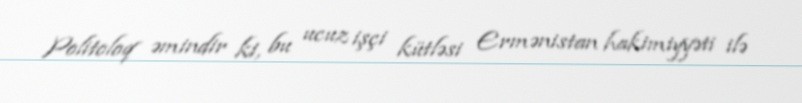
Politoloq əmindir ki, bu ucuz işçi kütləsi Ermənistan hakimiyyəti ilə